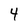
Character: 4